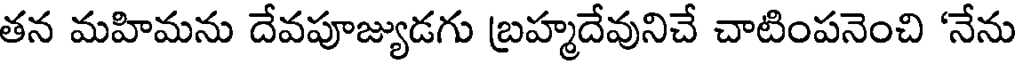
తన మహిమను దేవపూజ్యుడగు బ్రహ్మదేవునిచే చాటింపనెంచి 'నేను